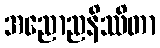
အညောညနိဿိတာ